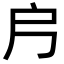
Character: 𭟿